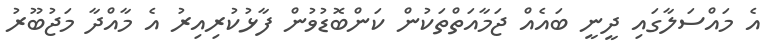
އެ މައްސަލާގައި ދީނީ ބައެއް ޖަމާއަތްތަކުން ކަންބޮޑުވުން ފާޅުކުރިއިރު އެ މާއްދާ މަޖުބޫރު